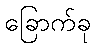
ခြောက်ခု